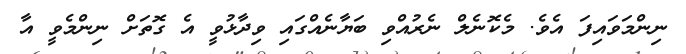
ނިންމަވައިފަ އެވެ. މެކޮނެލް ނެރުއްވި ބަޔާނެއްގައި ވިދާޅުވީ އެ ގޮތަށް ނިންމެވީ އާ